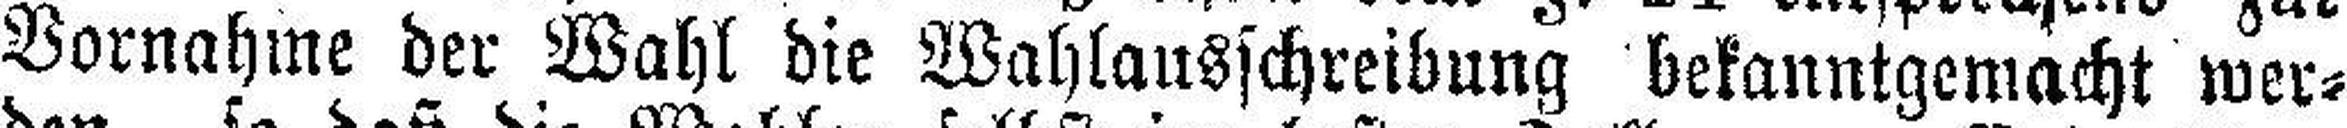
Vornahme der Wahl die Wahlausschreibung bekanntgemacht wer¬